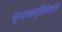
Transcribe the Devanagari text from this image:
प्रभावान्वितिवाले